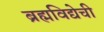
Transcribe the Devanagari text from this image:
ब्रह्मविद्येची